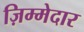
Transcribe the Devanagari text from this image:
ज़िम्‍मेदार